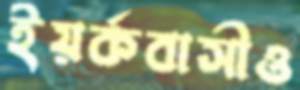
ইয়র্কবাসীও